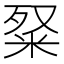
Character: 𥹏